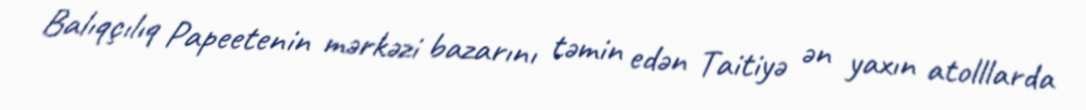
Balıqçılıq Papeetenin mərkəzi bazarını təmin edən Taitiyə ən yaxın atolllarda